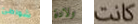
شواطئ ولادة كانت